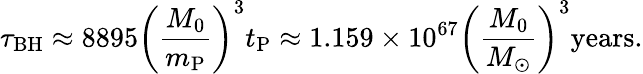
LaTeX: \tau_{\mathrm{BH}}\approx 8895\left(\frac{M_{0}}{m_{\mathrm{P}}}\right)^{3}t_{\mathrm{P}}\approx 1.159\times 10^{67}\left(\frac{M_{0}}{M_{\odot}}\right)^{3}\mathrm{years}.